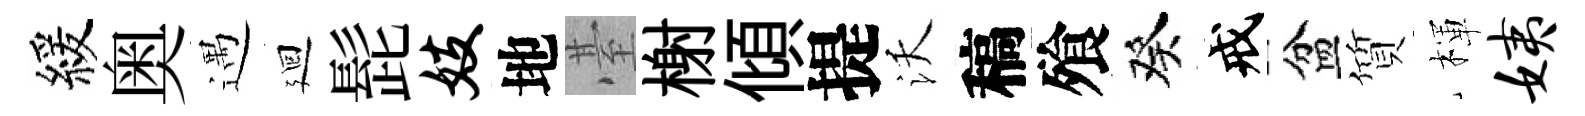
緩奥遇廻髭妓地䑓榭傾提沃稿飱癸戒盆質楎姨